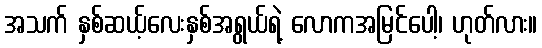
အသက် နှစ်ဆယ့်လေးနှစ်အရွယ်ရဲ့ လောကအမြင်ပေါ့၊ ဟုတ်လား။